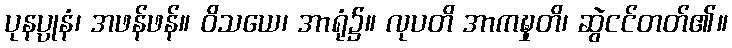
ပုနပ္ပုနံ၊ အဖန်ဖန်။ ဝိသယေ၊ အာရုံ၌။ လုပတိ အာကဍ္ဎှတိ၊ ဆွဲငင်တတ်၏။